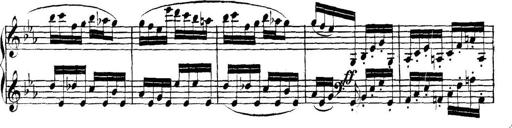
Title: Collected Piano Sonatas
Composer: Muzio Clementi